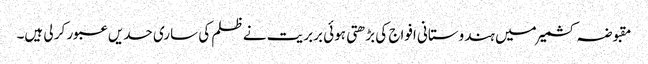
مقبوضہ کشمیر میں ہندوستانی افواج کی بڑھتی ہوئی بربریت نے ظلم کی ساری حدیں عبور کر لی ہیں۔